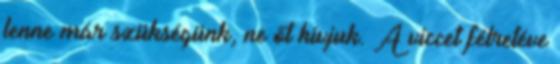
lenne már szükségünk, ne őt hívjuk. A viccet félretéve